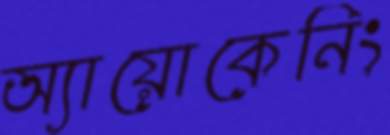
অ্যায়োকেনিং